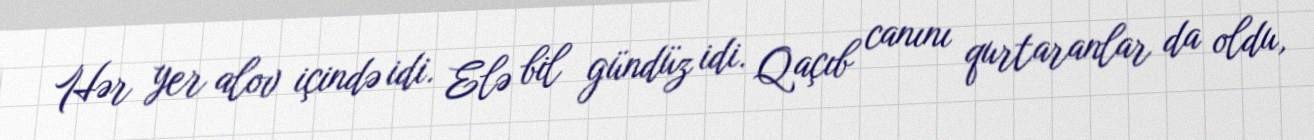
Hər yer alov içində idi. Elə bil gündüz idi. Qaçıb canını qurtaranlar da oldu,